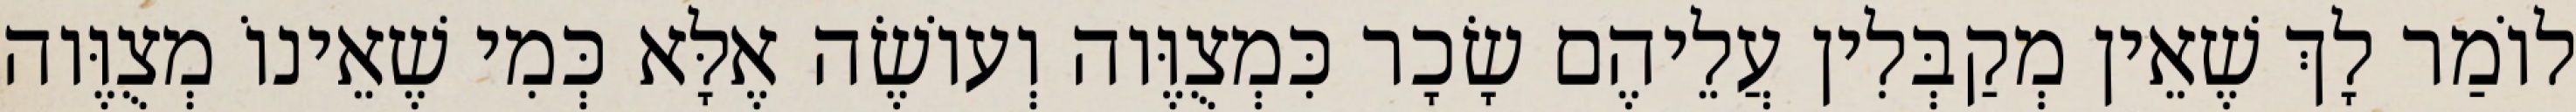
לוֹמַר לָךְ שֶׁאֵין מְקַבְּלִין עֲלֵיהֶם שָׂכָר כִּמְצֻוֶּוה וְעוֹשֶׂה אֶלָּא כְּמִי שֶׁאֵינוֹ מְצֻוֶּוה